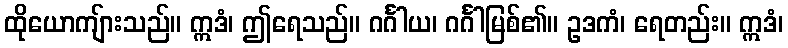
ထိုယောကျ်ားသည်။ ဣဒံ၊ ဤရေသည်။ ဂင်္ဂါယ၊ ဂင်္ဂါမြစ်၏။ ဥဒကံ၊ ရေတည်း။ ဣဒံ၊